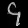
Digit: ၄